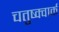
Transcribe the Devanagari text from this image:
चतुष्क्वार्क